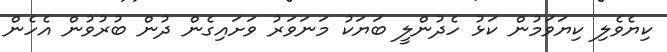
ކިޔެވެލި ކިޔަވަމުން ކަޅު ހެދުންލީ ބަޔަކު މަނަވަރު ވަށައިގެން ދުން ބުރުވުން އެހެން